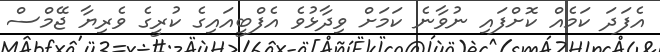
އެފަދަ ކަމެއް ކޮށްފައި ނުވާނެ ކަމަށް ވިދާޅުވެ އެފްބީއައިގެ ކުރީގެ ވެރިޔާ ޖޭމްސް